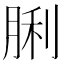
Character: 脷